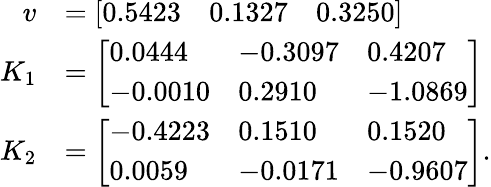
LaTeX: \begin{array}{rl}{v}&{=\left[\begin{array}{lll}{0.5423}&{0.1327}&{0.3250}\end{array}\right]}\\ {K_{1}}&{=\left[\begin{array}{lll}{0.0444}&{-0.3097}&{0.4207}\\ {-0.0010}&{0.2910}&{-1.0869}\end{array}\right]}\\ {K_{2}}&{=\left[\begin{array}{lll}{-0.4223}&{0.1510}&{0.1520}\\ {0.0059}&{-0.0171}&{-0.9607}\end{array}\right].}\end{array}